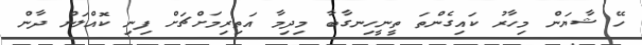
ހޭ ޝާޔަން މިހާރު ކައިގެންތަ ތީނީހިނގާބާ މިދިމާ އަތިރިމަށްޗަށް ފިނި ކޮއްލަން ދާން